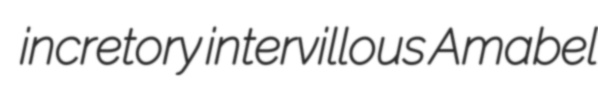
incretory intervillous Amabel